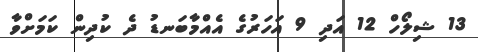
13 ޝިލޯހް 12 އަދި 9 އަހަރުގެ އެއްމާބަނޑު ދެ ކުދިން ކަމަށްވާ